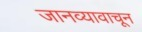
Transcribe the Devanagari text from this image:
जानव्यावाचून